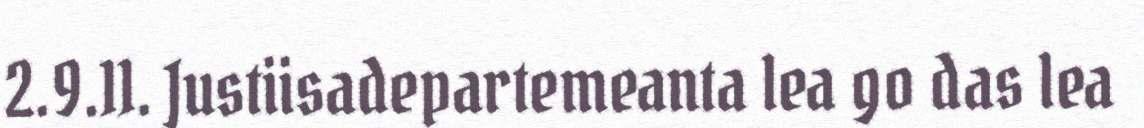
2.9.11. Justiisadepartemeanta lea go das lea